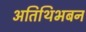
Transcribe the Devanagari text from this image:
अतिथिभबन